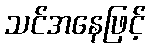
သင်အနေဖြင့်